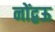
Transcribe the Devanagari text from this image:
नोंद्वऊ